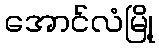
အောင်လံမြို့